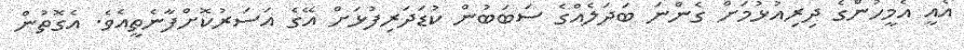
އެއީ އެމީހުންގެ ދިރިއުޅުމަށް ގެންނަ ބަދަލެއްގެ ސަބަބުން ކުޑަދަރިފުޅަށް އޭގެ އަސަރުކޮށްފާނެތީއެވެ. އެގޮތުން